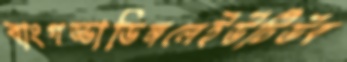
বাংগড্ডাডিঙ্গলেইউটিউব